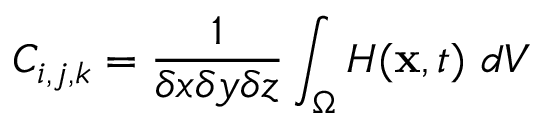
\begin{array} { r } { \displaystyle { C _ { i , j , k } = \frac { 1 } { \delta x \delta y \delta z } \int _ { \Omega } H ( \mathbf { x } , t ) } \ d V } \end{array}